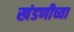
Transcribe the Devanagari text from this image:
खंडणीच्या